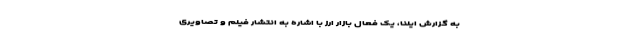
به گزارش ایلنا، یک فعال بازار ارز با اشاره به انتشار فیلم و تصاویری